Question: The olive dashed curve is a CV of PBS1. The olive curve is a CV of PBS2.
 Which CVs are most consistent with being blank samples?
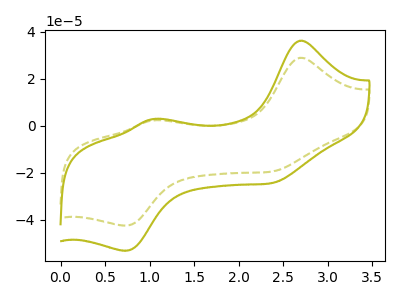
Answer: <think>The olive dashed curve "PBS1" has anodic peaks at (2.70V, 28.90uA) (1.05V, 2.30uA) and cathodic peaks at (2.40V, -19.30uA) (0.70V, -42.40uA). The olive curve "PBS2" has anodic peaks at (2.70V, 36.15uA) (1.05V, 2.90uA) and cathodic peaks at (2.40V, -24.15uA) (0.70V, -53.10uA).</think>
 <answer>There are not any CV's on this graph that are likely to be blanks.</answer>
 <eval>none</eval>